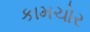
કામચોર